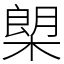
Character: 㮾